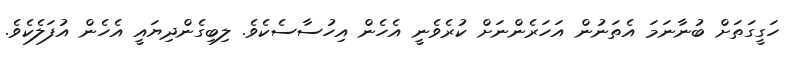
ހަގީގަތަށް ބުނާނަމަ އެތަނުން އަހަރެންނަށް ކުރެވެނީ އެހެން އިހުސާސެކެވެ. ލިބިގެންދިޔައީ އެހެން އުފަލެކެވެ.